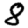
Digit: 8